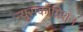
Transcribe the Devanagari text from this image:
न्यूरोकॉग्निशन